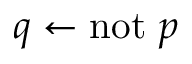
q \leftarrow \mathrm { n o t } ~ p